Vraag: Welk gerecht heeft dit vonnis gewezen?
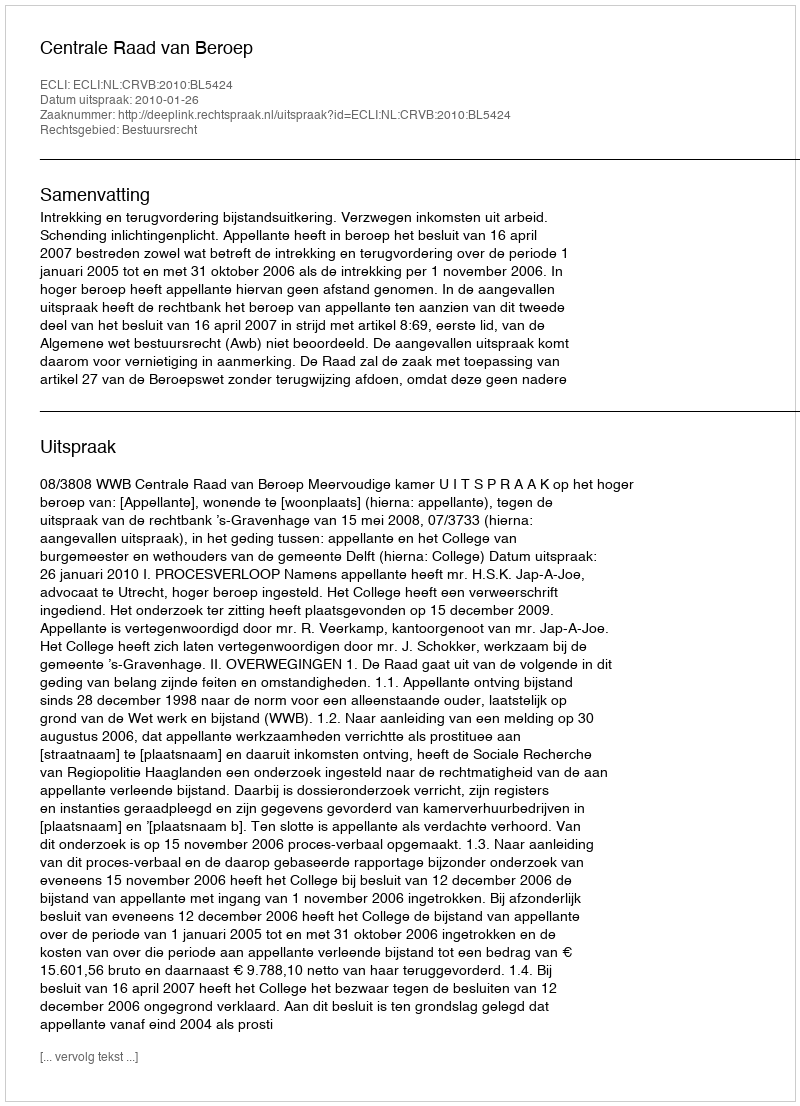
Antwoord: Centrale Raad van Beroep